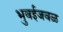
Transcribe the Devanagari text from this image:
भुवईजवळ